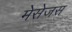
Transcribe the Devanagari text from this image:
मेसेजस